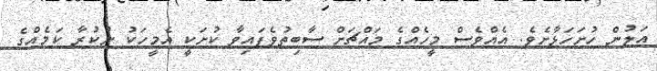
އަލުން ހުށަހަޅާށެވެ. އެއްވެސް މީހެއްގެ މައްޗަށް ސާބިތުވެފައިވާ ކުށަކީ އެމީހަކު ނުކުރާ ކަމެއްގެ